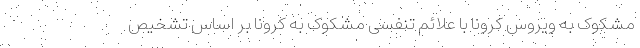
مشکوک به ویروس کرونا با علائم تنفسی مشکوک به کرونا بر اساس تشخیص